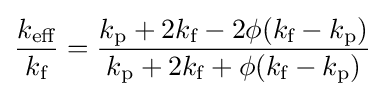
{\frac {k_{\text{eff}}}{k_{\text{f}}}}={\frac {k_{\text{p}}+2k_{\text{f}}-2\phi (k_{\text{f}}-k_{\text{p}})}{k_{\text{p}}+2k_{\text{f}}+\phi (k_{\text{f}}-k_{\text{p}})}}